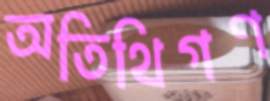
অতিথিগণ